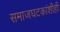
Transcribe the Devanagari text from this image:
समाजघटकांशीही